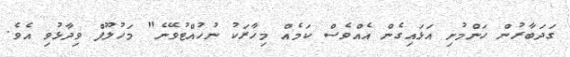
ގަދަބާރުން ހަންމުށި އަޅައިގެން އެއްވެސް ކަމެއް މިހާރަކު ނުހުއްޓުވޭނެ" މަހުލޫފް ވިދާޅުވި އެވެ.